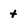
Character: t